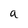
Character: a